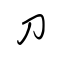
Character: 刀